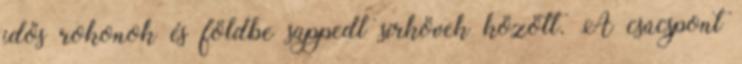
idős rokonok és földbe süppedt sírkövek között. A csúcspont